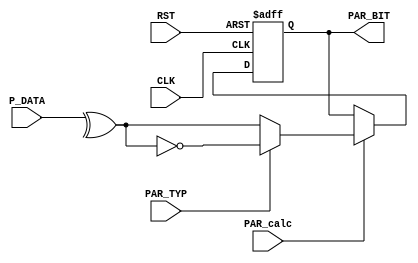
module parity_calc #(parameter WIDTH = 8)
(
input	wire 								CLK,
input	wire								RST,
input	wire	[WIDTH-1:0]					P_DATA,
input	wire 								PAR_calc,
input	wire 								PAR_TYP,
output	reg									PAR_BIT
);

reg 	PAR_BIT_Comb;
wire 	even_parity;

assign even_parity = ^P_DATA;

always @(*)
 begin
	if (PAR_TYP)
	 begin
		PAR_BIT_Comb = ~even_parity;
	 end
	else
	 begin
		PAR_BIT_Comb = even_parity;
	 end
 end
 
always @(posedge CLK, negedge RST)
 begin
	if (!RST)
	 begin
		PAR_BIT <= 1'b0;
	 end
	else if (PAR_calc)
	 begin 
		PAR_BIT <= PAR_BIT_Comb ;
	 end
 end

endmodule